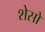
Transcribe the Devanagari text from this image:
शेसो